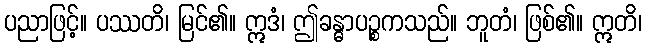
ပညာဖြင့်။ ပဿတိ၊ မြင်၏။ ဣဒံ၊ ဤခန္ဓာပဉ္စကသည်။ ဘူတံ၊ ဖြစ်၏။ ဣတိ၊